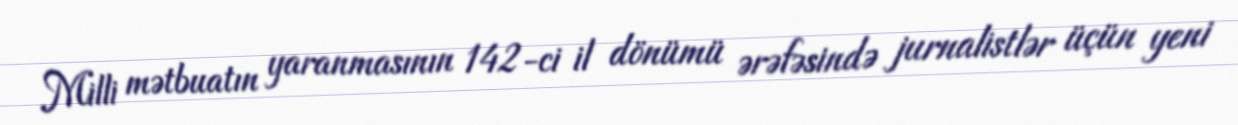
Milli mətbuatın yaranmasının 142-ci il dönümü ərəfəsində jurnalistlər üçün yeni